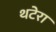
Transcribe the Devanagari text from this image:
थटेरा